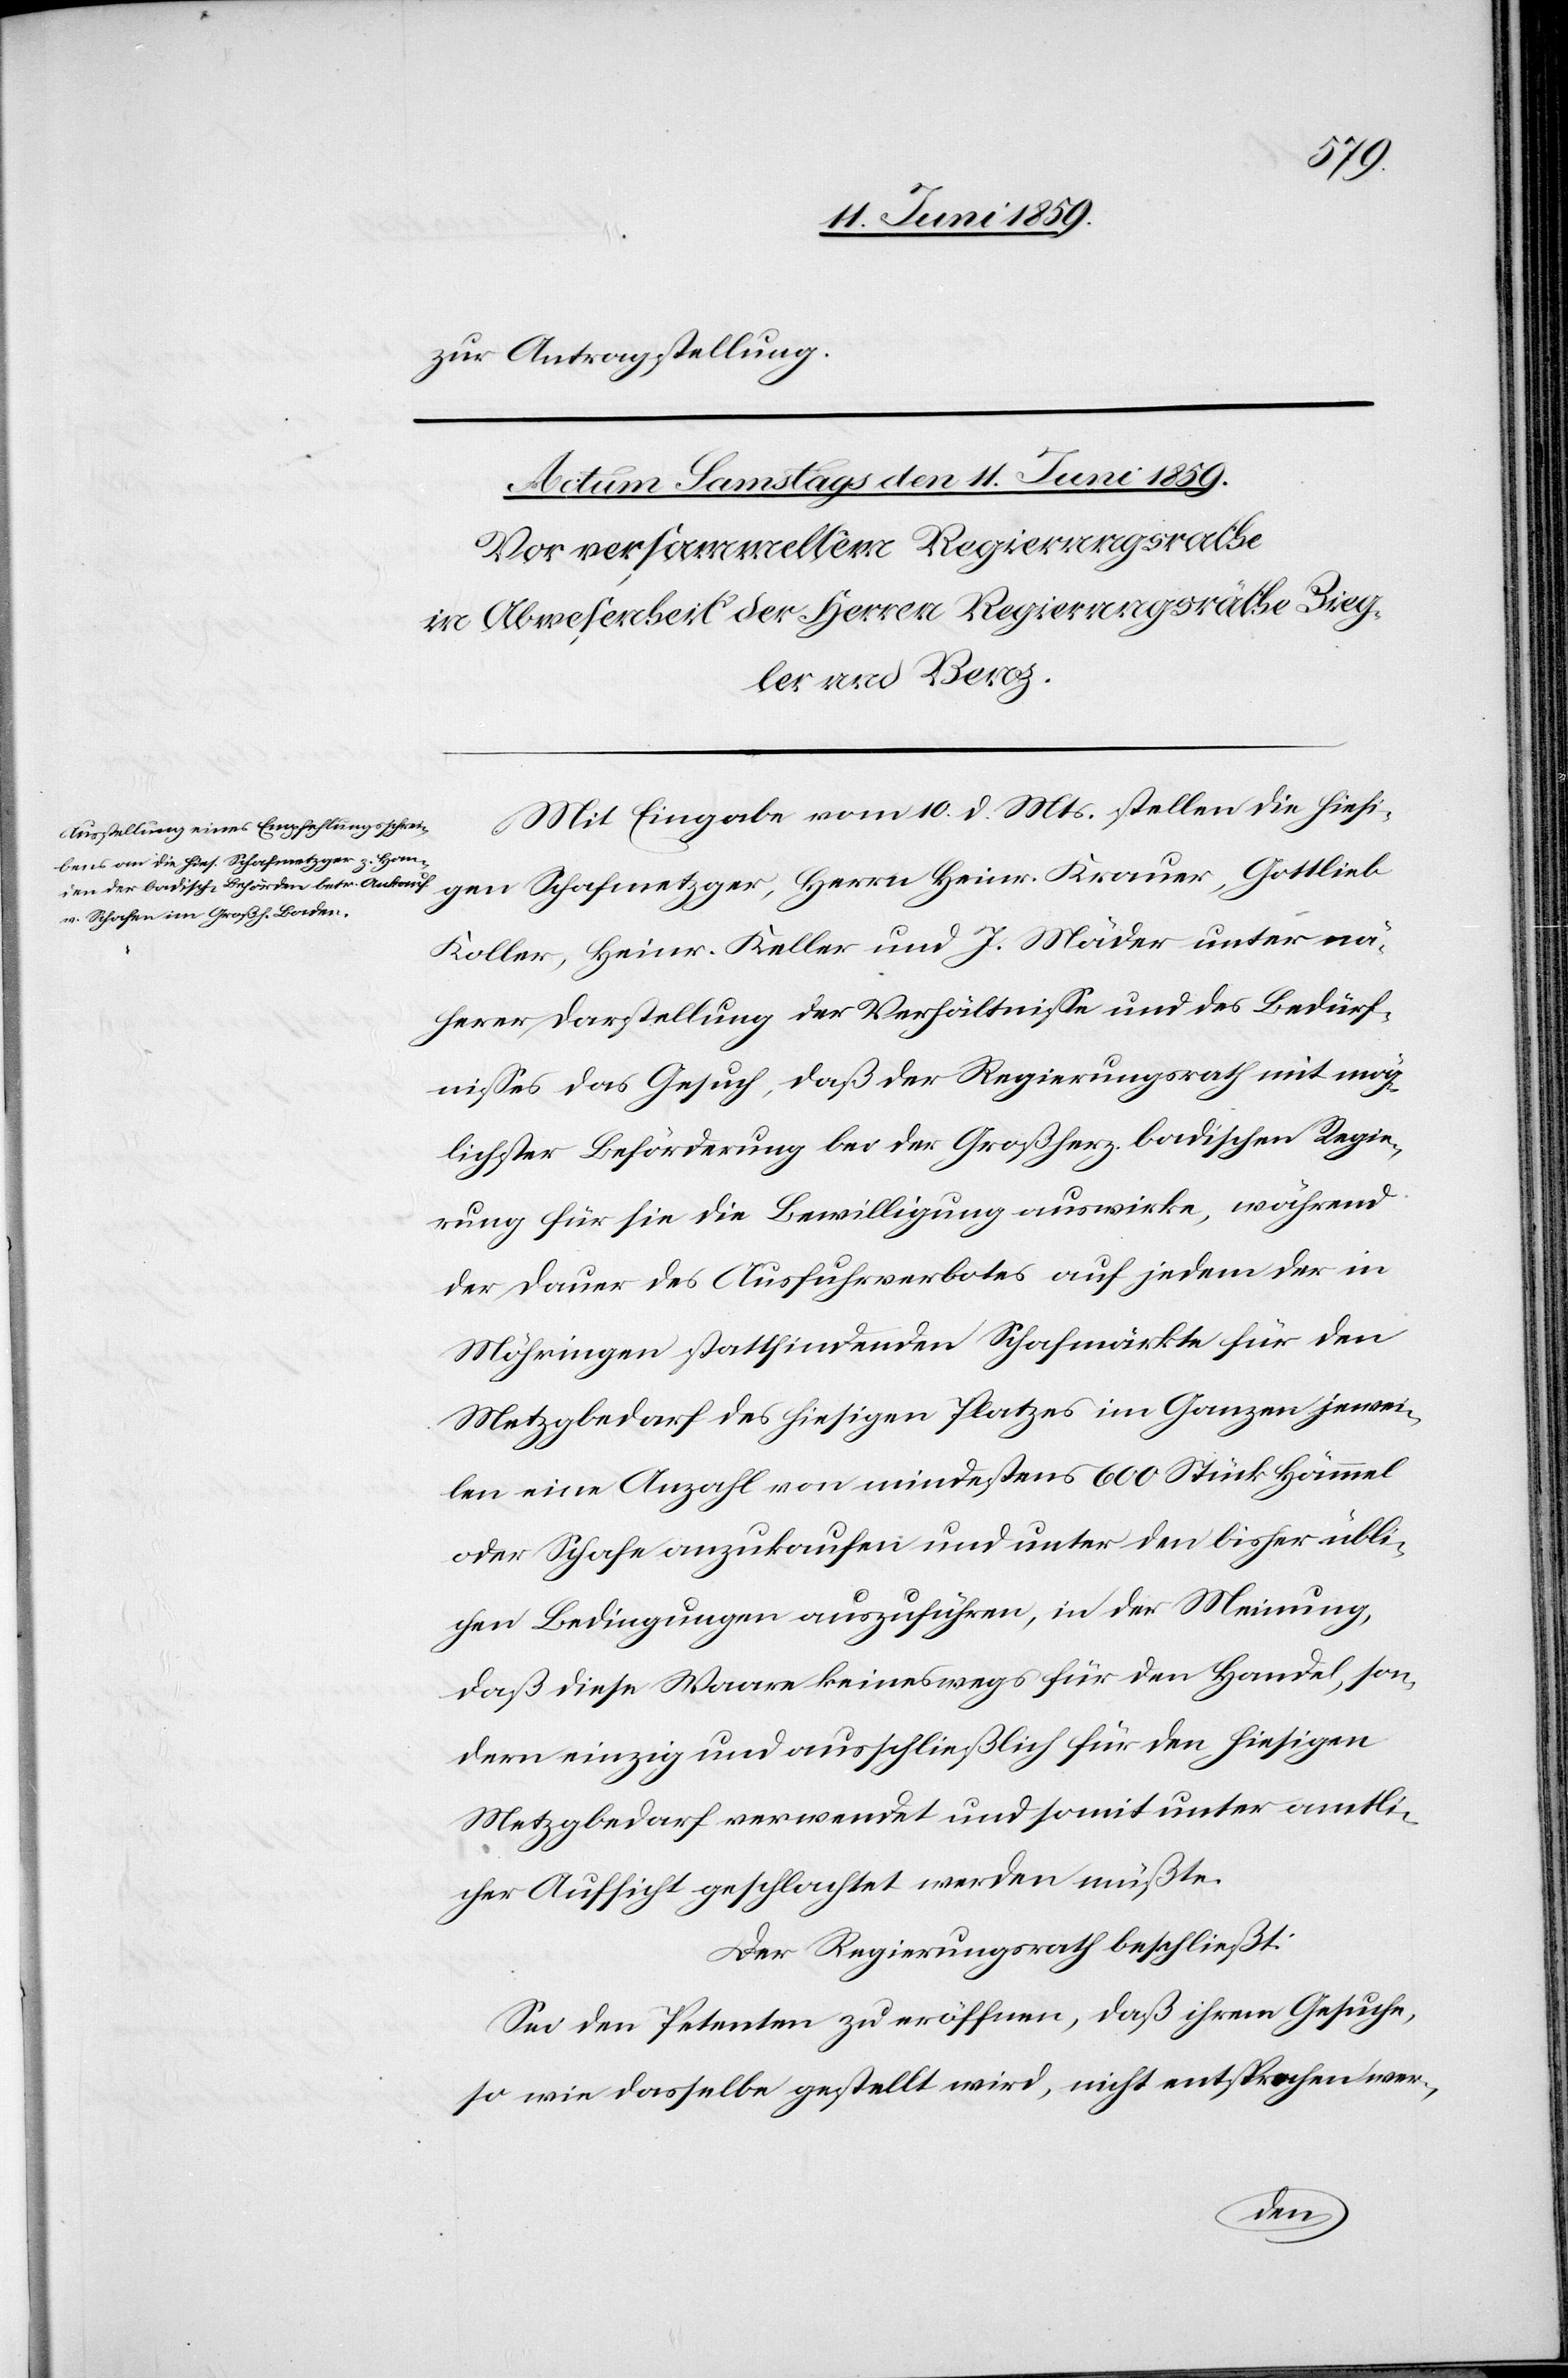
zur Antragstellung.
Mit Eingabe vom 10. d. Mts. stellen die hiesi¬
gen Schafmetzger, Herren Heinr. Krauer, Gottlieb
Koller, Heinr. Keller und J. Mäder unter nä¬
herer Darstellung der Verhältnisse und des Bedürf¬
nisses das Gesuch, daß der Regierungsrath mit mög¬
lichster Beförderung bei der Großherz. badischen Regie¬
rung für sie die Bewilligung auswirke, während
der Dauer des Ausfuhrverbotes auf jedem der in
Möhringen stattfindenden Schafmärkte für den
Metzgbedarf des hiesigen Platzes im Ganzen jewei¬
len eine Anzahl von mindestens 600 Stück Hämmel
oder Schafe anzukaufen und unter den bisher übli¬
chen Bedingungen auszuführen, in der Meinung,
daß diese Waare keineswegs für den Handel, son¬
dern einzig und ausschließlich für den hiesigen
Metzgbedarf verwendet und somit unter amtli¬
cher Aufsicht geschlachtet werden müßte.
Der Regierungsrath beschließt:
Sei den Petenten zu eröffnen, daß ihrem Gesuche,
so wie dasselbe gestellt wird, nicht entsprochen wer-